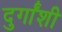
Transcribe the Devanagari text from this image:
दुर्गांशी